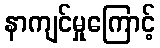
နာကျင်မှုကြောင့်